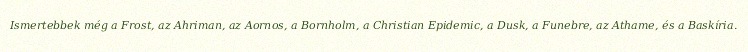
Ismertebbek még a Frost, az Ahriman, az Aornos, a Bornholm, a Christian Epidemic, a Dusk, a Funebre, az Athame, és a Baskíria.